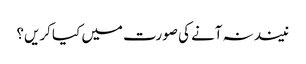
نیند نہ آنے کی صورت میں کیا کریں؟